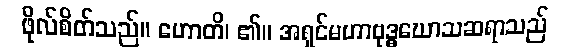
ဖိုလ်စိတ်သည်။ ဟောတိ၊ ၏။ အရှင်မဟာဗုဒ္ဓဃောသဆရာသည်